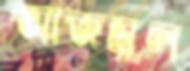
আজমুল